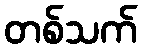
တစ်သက်